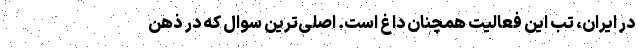
در ایران، تب این فعالیت همچنان داغ است. اصلی‌ترین سوال که در ذهن